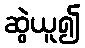
ဆွဲယူ၍